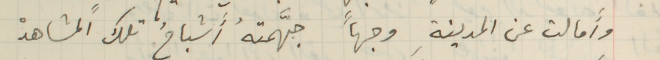
وأَمالت عن المدينةِ وجهاً جهَّمتهُ أَشباحُ تلك المشاهدْ